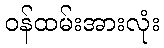
ဝန်ထမ်းအားလုံး